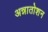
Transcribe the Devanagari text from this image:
अन्नातोशन